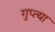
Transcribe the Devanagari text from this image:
गुप्त्या